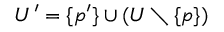
U ^ { \prime } = \{ p ^ { \prime } \} \cup ( U \setminus \{ p \} )